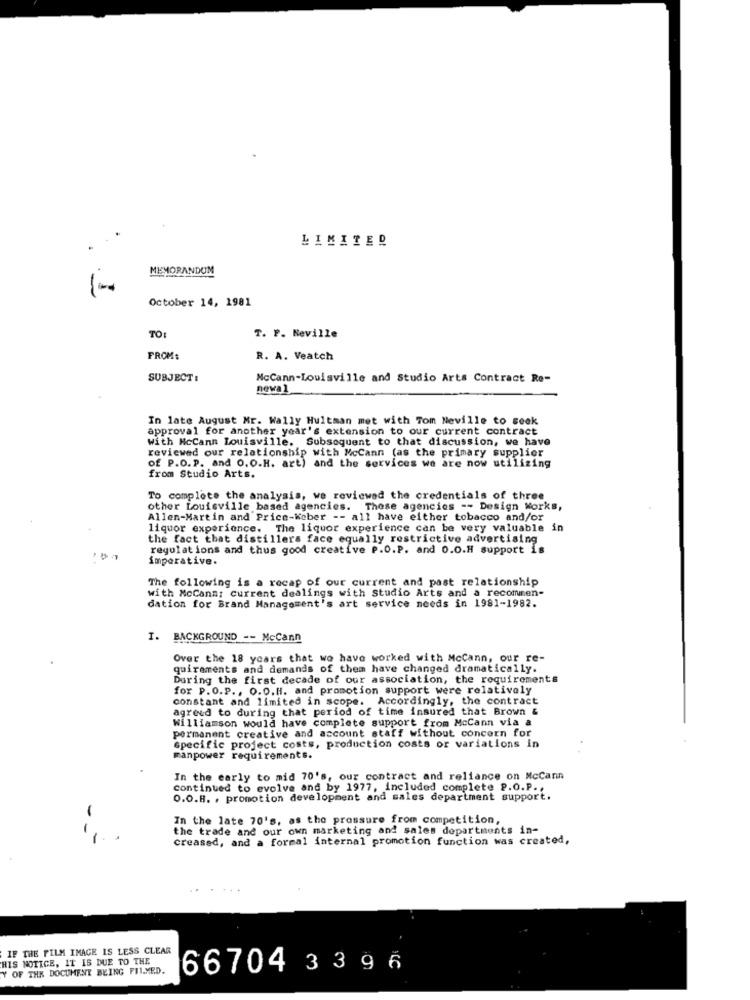
LIMITED
MEMORANDUM
October 14, 1981
TO:
T. P. Neville
FROM:
R. A. Veatch
SUBJECT :
McCann-Louisville and Studio Arts Contract Re-
newal
In late August Mr. Wally Hultman met with Tom Neville to seek
approval for another year's extension to our current contract
with McCann Louisville. Subsequent to that discussion, we have
reviewed our relationship with McCann (as the primary supplier
of P.O.P. and O.O.H. art) and the services we are now utilizing
from Studio Arts.
To complete the analysis, we reviewed the credentials of three
other Louisville based agencies. These agencies -- Design Works,
Allen-Martin and Price-Keber -- all have either tobacco and/or
liquor experience. The liquor experience can be very valuable in
the fact that distillers face equally restrictive advertising
regulations and thus good creative P.O.P. and 0.O.H support is
imperative.
The following is a recap of our current and past relationship
with McCann; current dealings with Studio Arts and a recommen-
dation for Brand Management's art service needs in 1981-1982.
I. BACKGROUND -- McCann
Over the 18 years that we have worked with McCann, our re-
quirements and demands of them have changed dramatically.
During the first decade of our association, the requirements
for P.O.P ., O.O.H. and promotion support were relatively
constant and limited in scope. Accordingly, the contract
agreed to during that period of time insured that Brown &
Williamson would have complete support from McCann via a
permanent creative and account staff without concern for
specific project costs, production costs or variations in
manpower requirements.
In the early to mid 70's, our contract and reliance on McCann
continued to evolve and by 1977, included complete P.O.P.
O.O.B. , promotion development and sales department support.
In the late 70's, as the pressure from competition,
--
the trade and our own marketing and sales departments in-
creased, and a formal internal promotion function was created,
IF THE FILM IMAGE IS LESS CLEAR
HIS NOTICE, IT IS DUE TO THE
Y OF THE DOCUMENT BEING PILMED.
66704 33 9 6